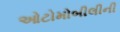
ઓટોમોબીલીની